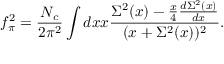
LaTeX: f _ { \pi } ^ { 2 } = \frac { N _ { c } } { 2 \pi ^ { 2 } } \int d x x \frac { \Sigma ^ { 2 } ( x ) - \frac { x } { 4 } \frac { d \Sigma ^ { 2 } ( x ) } { d x } } { ( x + \Sigma ^ { 2 } ( x ) ) ^ { 2 } } .